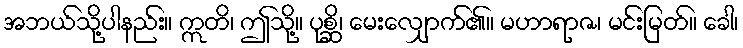
အဘယ်သို့ပါနည်း။ ဣတိ၊ ဤသို့။ ပုစ္ဆိ၊ မေးလျှောက်၏။ မဟာရာဇ၊ မင်းမြတ်။ ခေါ၊